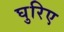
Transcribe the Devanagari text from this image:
घुरिए